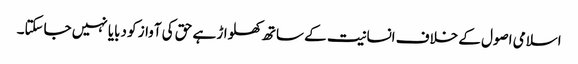
اسلامی اصول کے خلاف انسانیت کے ساتھ کھلواڑ ہے حق کی آواز کو دبایا نہیں جاسکتا۔